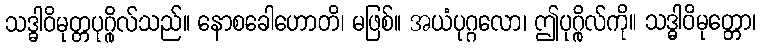
သဒ္ဓါဝိမုတ္တပုဂ္ဂိုလ်သည်။ နောစခေါဟောတိ၊ မဖြစ်။ အယံပုဂ္ဂလော၊ ဤပုဂ္ဂိုလ်ကို။ သဒ္ဓါဝိမုတ္တော၊